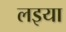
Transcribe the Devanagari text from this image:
लइया